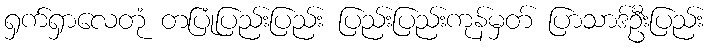
ရှက်ရှာလေတုံ တပြုံပြည်းပြည်း ပြည်းပြည်းကုန်မှတ် ပြာသာဒ်ဦးပြည်း